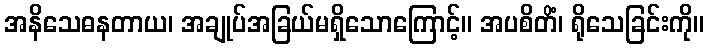
အနိသေဓနတာယ၊ အချုပ်အခြယ်မရှိသောကြောင့်။ အပစိတိံ၊ ရိုသေခြင်းကို။